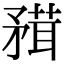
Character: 𥎂